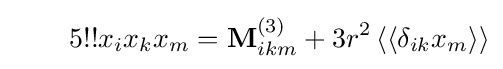
\qquad 5!!x_{i}x_{k}x_{m}=\mathbf {M} _{ikm}^{(3)}+3r^{2}\left\langle \left\langle \delta _{ik}x_{m}\right\rangle \right\rangle